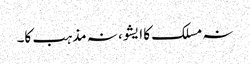
نہ مسلک کا ایشو، نہ مذہب کا۔